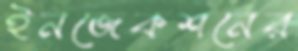
ইনজেকশনের